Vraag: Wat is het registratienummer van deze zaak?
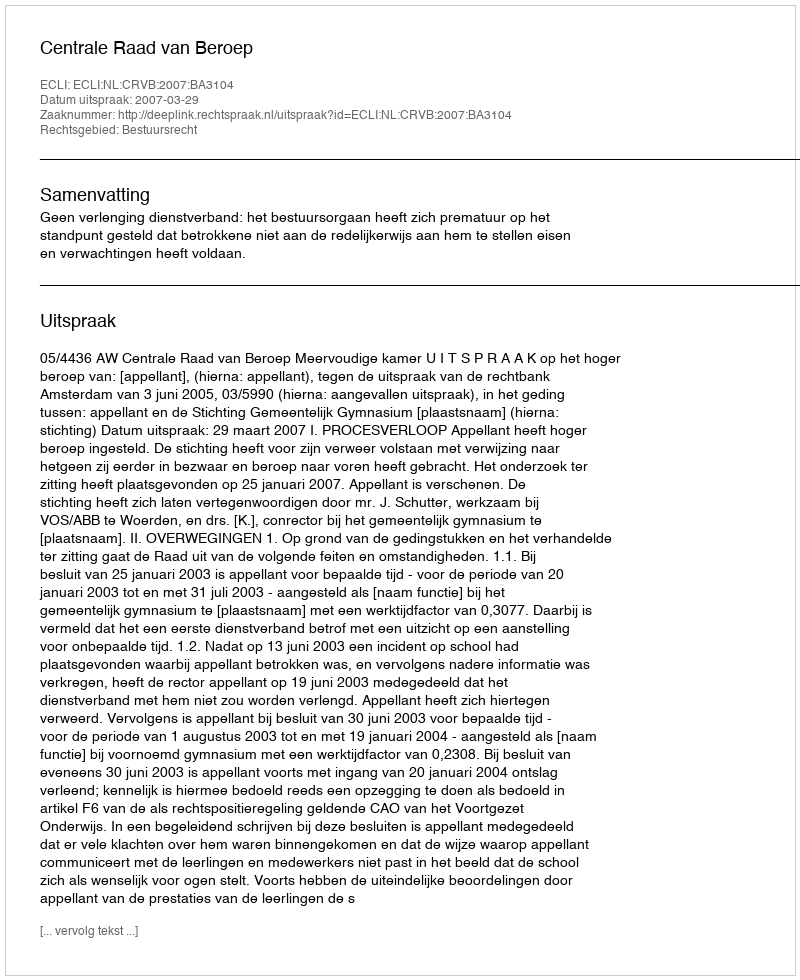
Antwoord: http://deeplink.rechtspraak.nl/uitspraak?id=ECLI:NL:CRVB:2007:BA3104